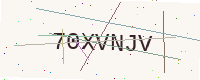
Text: 70XVNJV